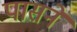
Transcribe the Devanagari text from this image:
पासने